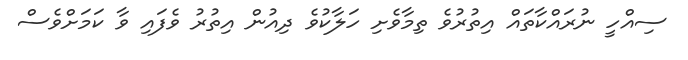
ސިއްހީ ނުރައްކާތައް އިތުރުވެ ތިމާވެށި ހަލާކުވެ ދިއުން އިތުރު ވެފައި ވާ ކަމަށްވެސް